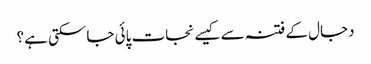
دجال کے فتنہ سے کیسے نجات پائی جاسکتی ہے؟